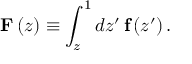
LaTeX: \mathbf { F } \left( z \right) \equiv \int _ { z } ^ { 1 } d z ^ { \prime } \, \mathbf { f } \left( z ^ { \prime } \right) .